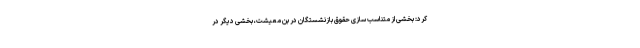
کرد: بخشی از متناسب سازی حقوق بازنشستگان در بن معیشت، بخشی دیگر در